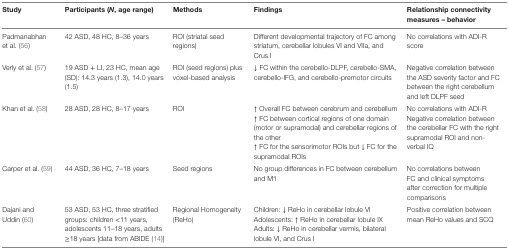
<table><thead><tr><td><b>Study</b></td><td><b>Participants (<i>N</i>, age range)</b></td><td><b>Methods</b></td><td><b>Findings</b></td><td><b>Relationship connectivity measures – behavior</b></td></tr></thead><tbody><tr><td>Padmanabhan et al. (56)</td><td>42 ASD, 48 HC, 8–36 years</td><td>ROI (striatal seed regions)</td><td>Different developmental trajectory of FC among striatum, cerebellar lobules VI and VIIa, and Crus I</td><td>No correlations with ADI-R score</td></tr><tr><td>Verly et al. (57)</td><td>19 ASD + LI, 23 HC, mean age (SD): 14.3 years (1.3), 14.0 years (1.5)</td><td>ROI (seed regions) plus voxel-based analysis</td><td>↓ FC within the cerebello-DLPF, cerebello-SMA, cerebello-IFG, and cerebello-premotor circuits</td><td>Negative correlation between the ASD severity factor and FC between the right cerebellum and left DLPF seed</td></tr><tr><td rowspan="3">Khan et al. (58)</td><td rowspan="3">28 ASD, 28 HC, 8–17 years</td><td rowspan="3">ROI</td><td>↑ Overall FC between cerebrum and cerebellum</td><td>No correlations with ADI-R</td></tr><tr><td>↑ FC between cortical regions of one domain (motor or supramodal) and cerebellar regions of the other</td><td rowspan="2">Negative correlation between the cerebellar FC with the right supramodal ROI and non-verbal IQ</td></tr><tr><td>↑ FC for the sensorimotor ROIs but ↓ FC for the supramodal ROIs</td></tr><tr><td>Carper et al. (59)</td><td>44 ASD, 36 HC, 7–18 years</td><td>Seed regions</td><td>No group differences in FC between cerebellum and M1</td><td>No correlations between FC and clinical symptoms after correction for multiple comparisons</td></tr><tr><td rowspan="3">Dajani and Uddin (60)</td><td rowspan="3">53 ASD, 53 HC, three stratified groups: children &lt;11 years, adolescents 11–18 years, adults ≥18 years [data from ABIDE (14)]</td><td rowspan="3">Regional Homogeneity (ReHo)</td><td>Children: ↓ ReHo in cerebellar lobule VI</td><td rowspan="3">Positive correlation between mean ReHo values and SCQ</td></tr><tr><td>Adolescents: ↑ ReHo in cerebellar lobule IX</td></tr><tr><td>Adults: ↓ ReHo in cerebellar vermis, bilateral lobule VI, and Crus I</td></tr></tbody></table>